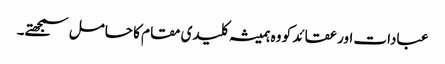
عبادات اور عقائد کو وہ ہمیشہ کلیدی مقام کا حامل سمجھتے۔